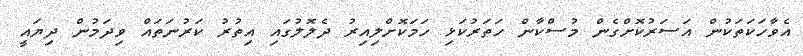
އެވާހަކަތަކުން އަސަރުކޮށްގެން މުސްކާން ހަތަރުކަޅި ހަމަކޮށްލިއިރު ދެލޮލުގައި އިތުރު ކަރުނަތައް ވިދަމުން ދިޔައީ